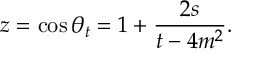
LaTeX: z = \cos { \theta _ { t } ^ { } } = 1 + \frac { 2 s } { t - 4 m ^ { 2 } } .